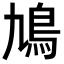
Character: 鳩